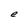
Character: e